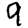
Digit: 9